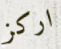
اركز